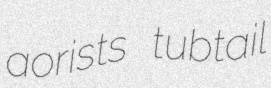
aorists tubtail